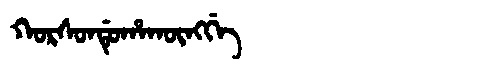
Manchu: ᡴᠣᡵᠰᠣᠨᡩᡠᡥᠠᡴᡡᠩᡤᡝ
Romanization: KORSONDUHAKŪNGGE